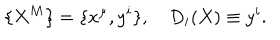
\{ X ^ { M } \} = \{ x ^ { \mu } , y ^ { i } \} , \quad D _ { i } ( X ) \equiv y ^ { i } .